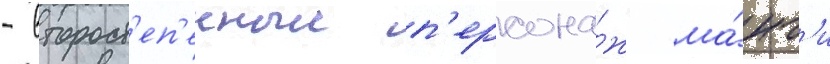
- второст'еп'енныи п'ерсона́ж ма́нг'и